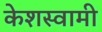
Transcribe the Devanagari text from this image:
केशस्वामी